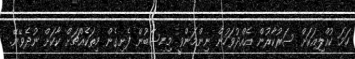
ހަމަ ކުއްލިއަކަށް ސަރުކާރުން އެއްދުވަހުން ނިންމަންވީ މިހިސާބުން ފެށިގެން މިތަކެއްޗަށް ކާކަށް ނުދެވޭނޭ.